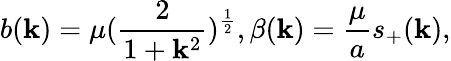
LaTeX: b(\mathbf{k})=\mu(\frac{{2}}{{1+\mathbf{k}^{2}}})^{\frac{{1}}{{2}}},\beta(\mathbf{k})=\frac{{\mu}}{{a}}s_{+}(\mathbf{k}),